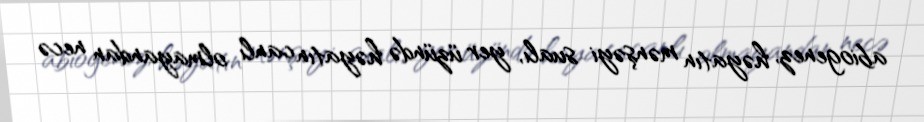
abiogenez, həyatın mənşəyi sualı, yer üzündə həyatın canlı olmayandan necə